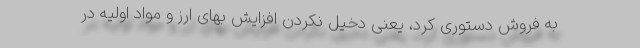
به فروش دستوری کرد، یعنی دخیل نکردن افزایش بهای ارز و مواد اولیه در